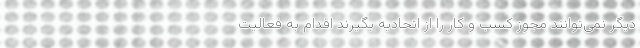
دیگر نمی‌توانند مجوز کسب و کار را از اتحادیه بگیرند اقدام به فعالیت